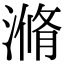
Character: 滫